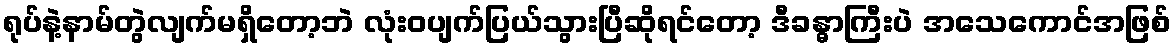
ရုပ်နဲ့နာမ်တွဲလျက်မရှိတော့ဘဲ လုံးဝပျက်ပြယ်သွားပြီဆိုရင်တော့ ဒီခန္ဓာကြီးပဲ အသေကောင်အဖြစ်